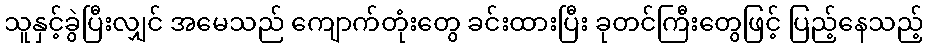
သူနှင့်ခွဲပြီးလျှင် အမေသည် ကျောက်တုံးတွေ ခင်းထားပြီး ခုတင်ကြီးတွေဖြင့် ပြည့်နေသည့်